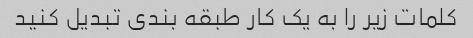
کلمات زیر را به یک کار طبقه بندی تبدیل کنید